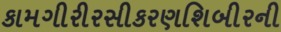
કામગીરીરસીકરણશિબીરની